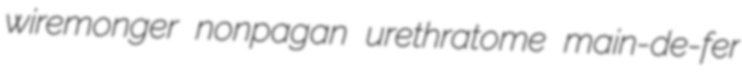
wiremonger nonpagan urethratome main-de-fer